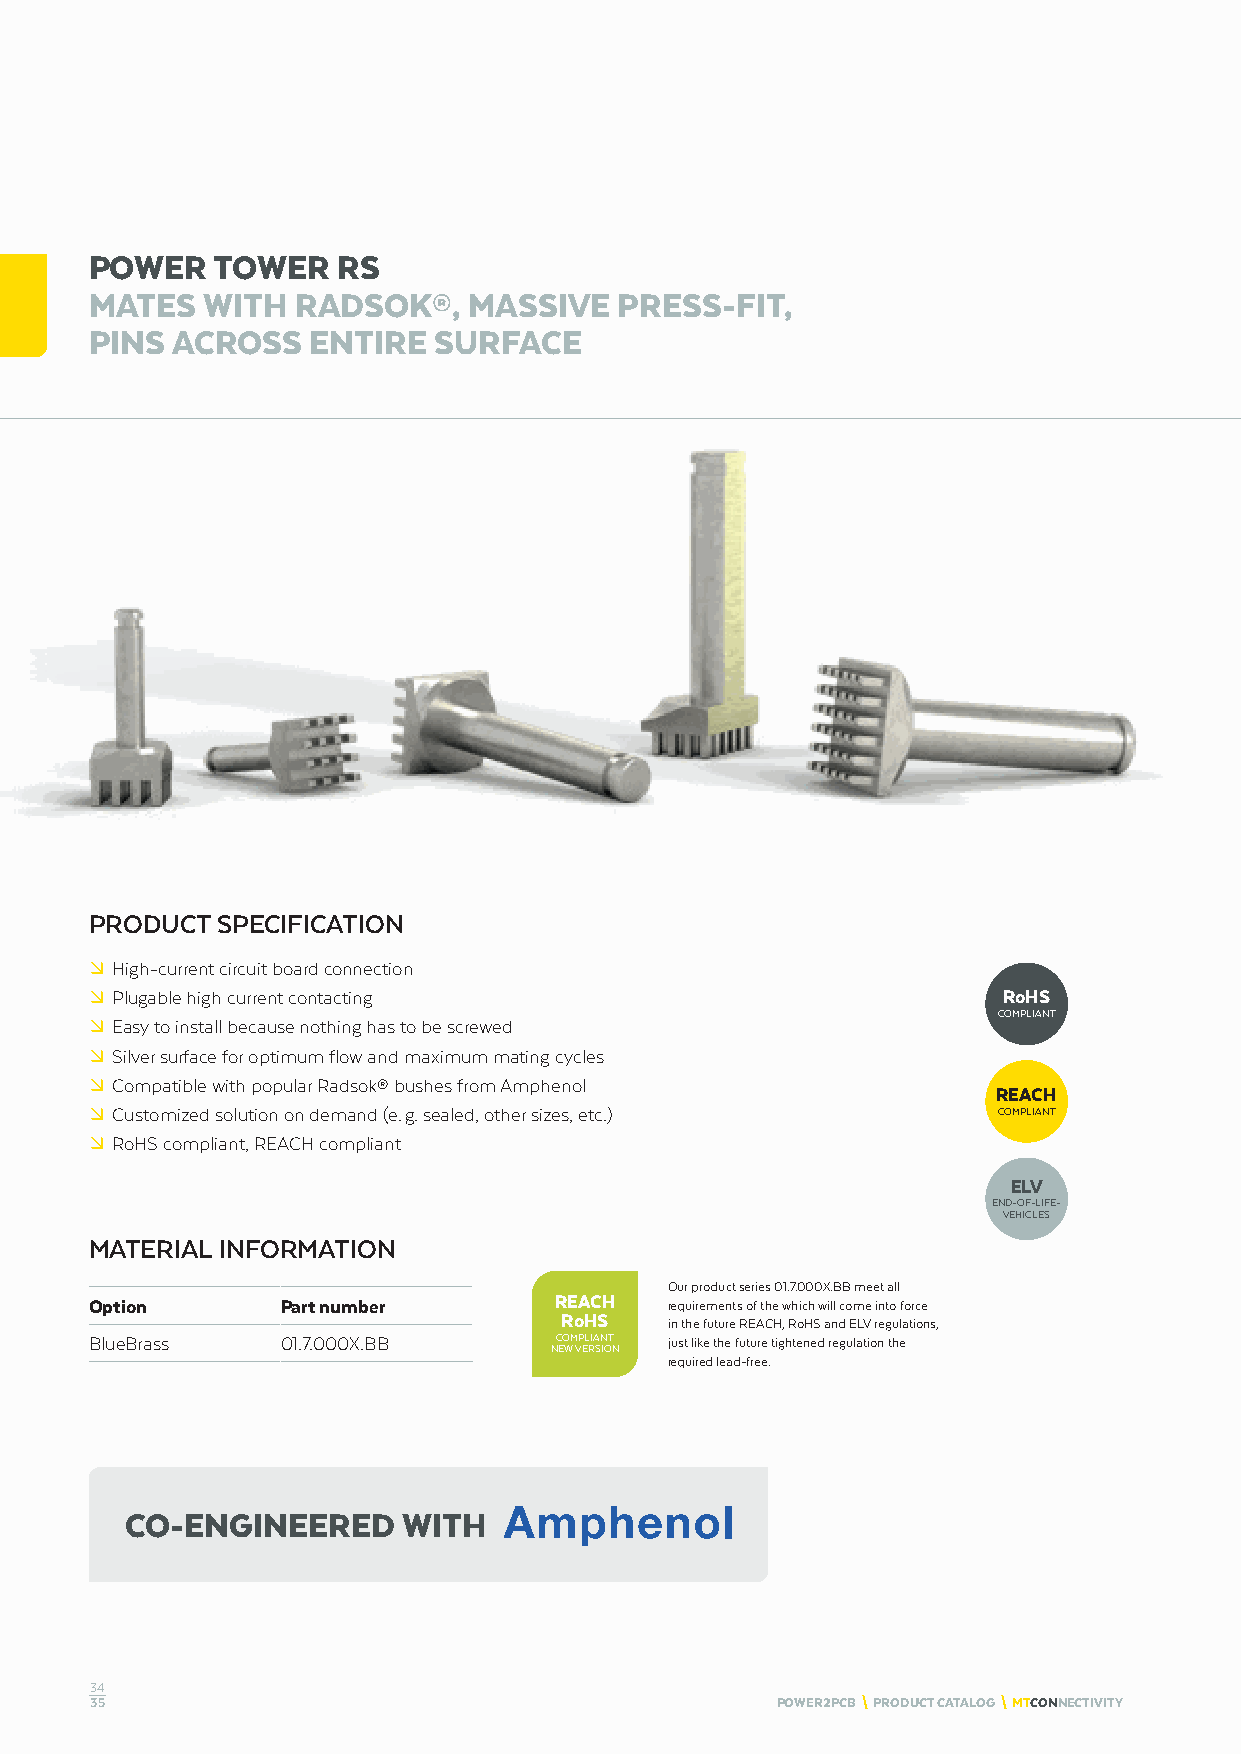
POWER   TOWER   RS
 MATES  WITH   RADSOK®,   MASSIVE   PRESS-FIT,
 PINS ACROSS   ENTIRE   SURFACE
 PRODUCT SPECIFICATION
 º High-current circuit board connection
 º Plugable high current contacting                          RoHS
 COMPLIANT
 º Easy to install because nothing has to be screwed
 º Silver surface for optimum flow and maximum mating cycles
 º Compatible with popular Radsok® bushes from Amphenol
 REACH
 º Customized solution on demand (e. g. sealed, other sizes, etc.) COMPLIANT
 º RoHS compliant, REACH compliant
 ELV
 END-OF-LIFE-
 VEHICLES
 MATERIAL INFORMATION
 Our product series 01.7.000X.BB meet all
 Option       Part number       REACH  requirements of the which will come into force
 RoHS
 in the future REACH, RoHS and ELV regulations,
 BlueBrass    01.7.000X.BB      COMPLIANT just like the future tightened regulation the
 NEW VERSION
 required lead-free.
 CO-ENGINEERED      WITH
 34
 35                                           POWER2PCB \ PRODUCT CATALOG \ MTCONNECTIVITY